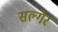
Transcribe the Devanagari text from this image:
सल्गेर